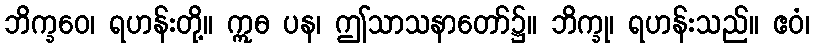
ဘိက္ခဝေ၊ ရဟန်းတို့။ ဣဓ ပန၊ ဤသာသနာတော်၌။ ဘိက္ခု၊ ရဟန်းသည်။ ဧဝံ၊